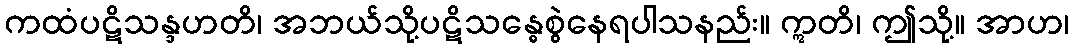
ကထံပဋိသန္ဒဟတိ၊ အဘယ်သို့ပဋိသန္ဓေစွဲနေရပါသနည်း။ ဣတိ၊ ဤသို့။ အာဟ၊